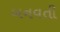
બનવતી